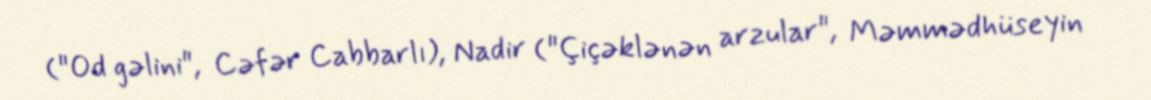
("Od gəlini", Cəfər Cabbarlı), Nadir ("Çiçəklənən arzular", Məmmədhüseyin